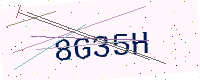
Text: 8G35H